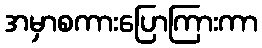
အမှာစကားပြောကြားကာ